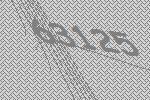
63125